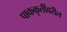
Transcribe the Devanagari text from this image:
पाककृतींवरील